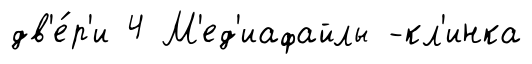
дв'е́р'и 4 М'ед'иафайлы -кл'инка